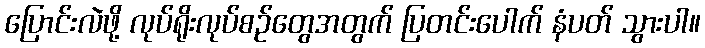
ပြောင်းလဲဖို့ လုပ်ရိုးလုပ်စဉ်တွေအတွက် ပြတင်းပေါက် နံပတ် သွားပါ။